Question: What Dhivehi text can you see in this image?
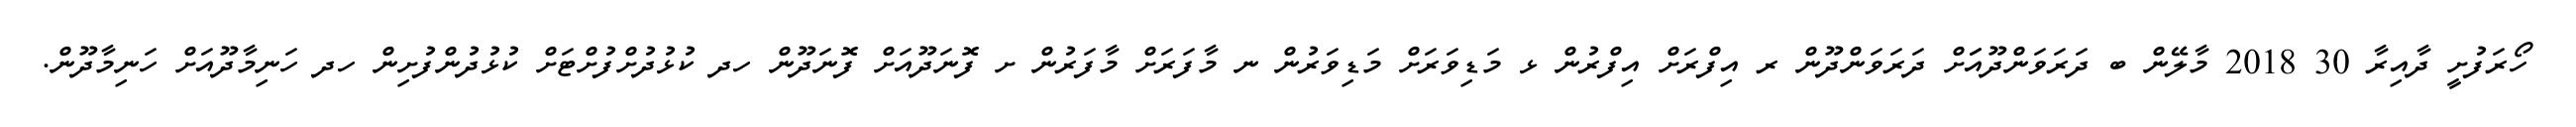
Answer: ހޯރަފުށީ ދާއިރާ 30 2018 މާލޭން ބ ދަރަވަންދޫއަަށް ދަރަވަންދޫން ރ އިފްރަށް އިފްރުން ޅ މަޑިވަރަށް މަޑިވަރުން ނ މާފަރަށް މާފަރުން ށ ފޮނަދޫއަށް ފޮނަދޫން ހދ ކުޅުދުށްފުށްޓަށް ކުޅުދުންފުށިން ހދ ހަނިމާދޫއަށް ހަނިމާދޫން.